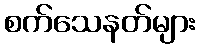
စက်သေနတ်များ